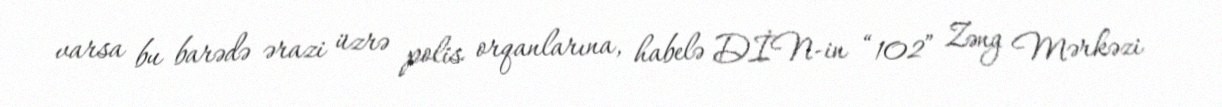
varsa bu barədə ərazi üzrə polis orqanlarına, habelə DİN-in “102” Zəng Mərkəzi